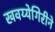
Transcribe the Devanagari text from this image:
खवय्येगिरीने